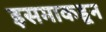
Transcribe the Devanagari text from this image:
इसमाकडून